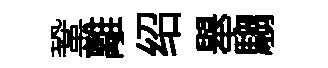
鞏離绍舉騶